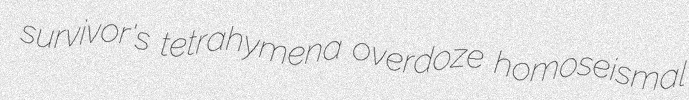
survivor's tetrahymena overdoze homoseismal